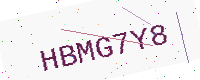
Text: HBMG7Y8